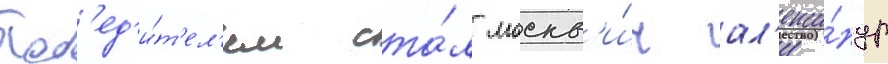
Поб'ед'и́т'ел'ем ста́л москв'и́ч ал'екса́ндр